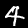
Digit: 4